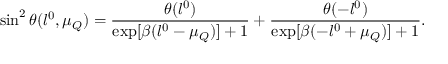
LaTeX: \sin ^ { 2 } \theta ( l ^ { 0 } , \mu _ { Q } ) = \frac { \theta ( l ^ { 0 } ) } { \exp [ \beta ( l ^ { 0 } - \mu _ { Q } ) ] + 1 } + \frac { \theta ( - l ^ { 0 } ) } { \exp [ \beta ( - l ^ { 0 } + \mu _ { Q } ) ] + 1 } .